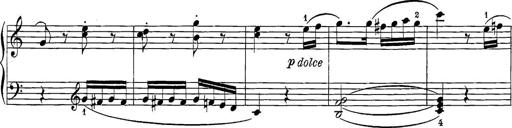
Title: 12 Sonatine per Pianoforte
Composer: Friedrich Kuhlau